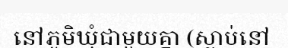
នៅភូមិឃុំជាមួយគ្នា (ស្លាប់នៅ